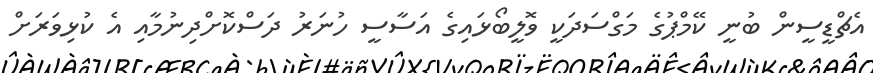
އެޗްޑީސީން ބުނީ ކޭމްޕުގެ މަގްސަދަކީ ވޮލީބޯޅައިގެ އަސާސީ ހުނަރު ދަސްކޮށްދިނުމާއި އެ ކުޅިވަރަށް